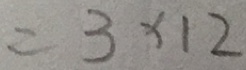
= 3 \times 1 2